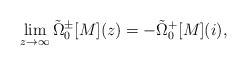
\begin{align*} \lim\limits_{z \rightarrow \infty} \tilde{\Omega}_{0}^{\pm}[M](z) = - \tilde{\Omega}_{0}^{+}[M](i),\end{align*}